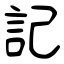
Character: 記